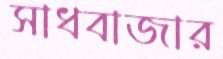
সাধবাজার